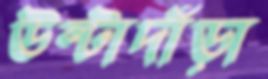
উল্টাদাঁড়া